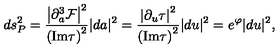
d s _ { P } ^ { 2 } = { \frac { \left| { \partial _ { a } ^ { 3 } { \cal F } } \right| ^ { 2 } } { \left( \mathrm { I m } \tau \right) ^ { 2 } } } | d a | ^ { 2 } = { \frac { \left| \partial _ { u } \tau \right| ^ { 2 } } { \left( \mathrm { I m } \tau \right) ^ { 2 } } } | d u | ^ { 2 } = e ^ { \varphi } | d u | ^ { 2 } ,